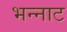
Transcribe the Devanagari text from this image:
भन्‍नाट